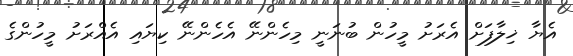
އެޔާ ޚިލާފަށް އެރަށު މީހުން ބުނަނީ މިހެންނޭ އެހެންނޭ ކިޔައި އެއްރަށު މީހުންގެ